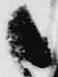
候